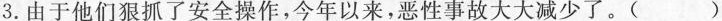
3.由于他们狠抓了安全操作，今年以来，恶性事故大大减少了。()